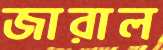
জারাল